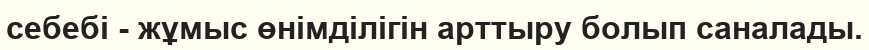
себебі - жұмыс өнімділігін арттыру болып саналады.